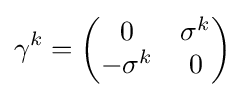
\gamma ^{k}={\begin{pmatrix}0&\sigma ^{k}\\-\sigma ^{k}&0\end{pmatrix}}